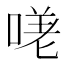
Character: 𭉈